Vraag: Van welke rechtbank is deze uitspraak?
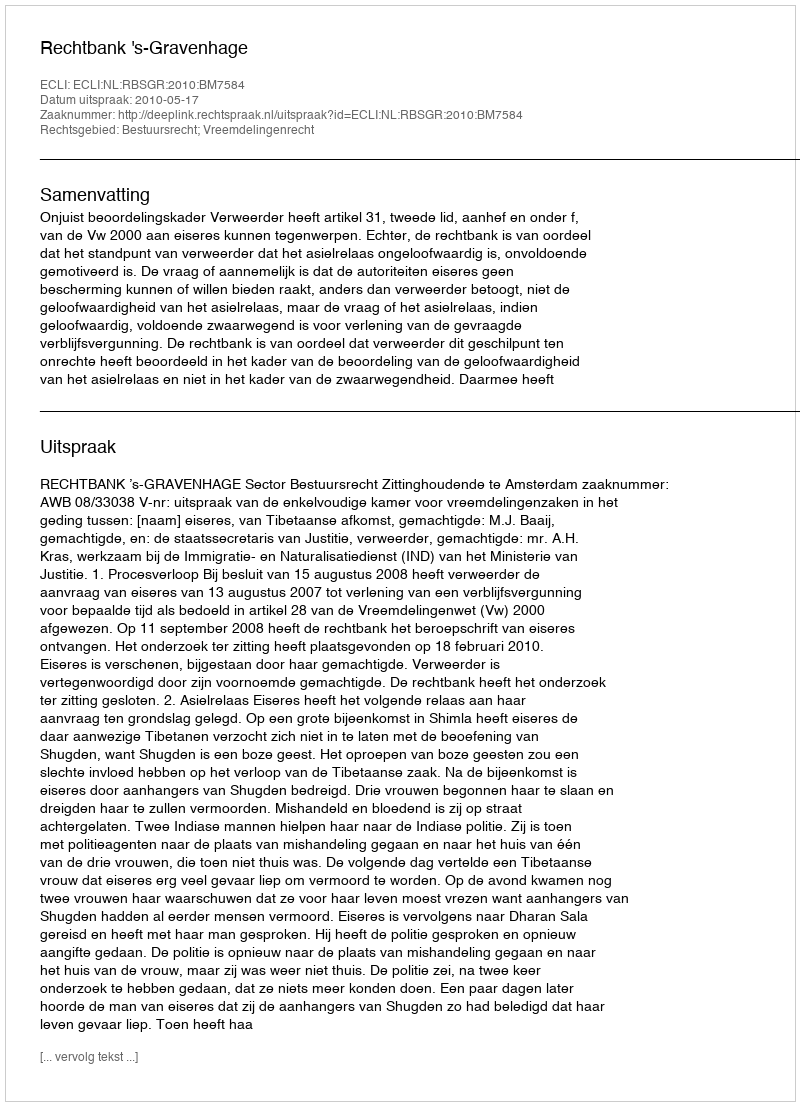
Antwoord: Rechtbank 's-Gravenhage